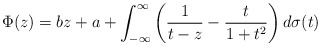
\begin{align*} \Phi(z)= bz + a + \int_{-\infty}^\infty\left(\frac{1}{t-z}-\frac{t}{1+t^2}\right)d\sigma(t)\end{align*}